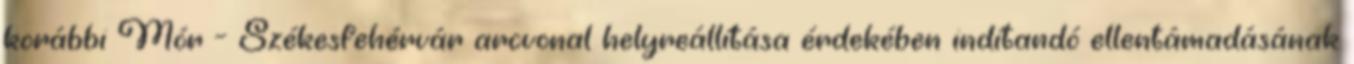
korábbi Mór – Székesfehérvár arcvonal helyreállítása érdekében indítandó ellentámadásának